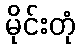
မိုင်းတုံ